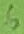
Text: 6